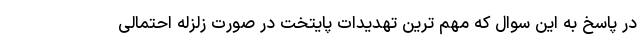
در پاسخ به این سوال که مهم ترین تهدیدات پایتخت در صورت زلزله احتمالی